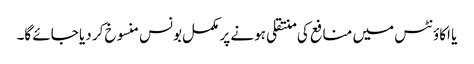
یا اکاؤنٹس میں منافع کی منتقلی ہونے پر مکمل بونس منسوخ کر دیا جائے گا۔